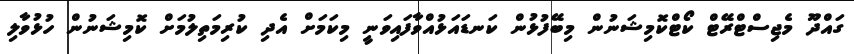
ގައްދޫ މެޖިސްޓްރޭޓް ކޯޓްކޮމިޝަނުން މިބޭފުޅުން ކަނޑައަޅުއްވާފައިވަނީ މިކަމަށް އެދި ކުރިމަތިލުމަށް ކޮމިޝަނުން ހުޅުވާލި